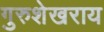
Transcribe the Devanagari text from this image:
गुरुशेखराय